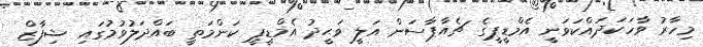
މިހާރު ވާހަކަދައްކަވަނީ އެމްޑީޕީގެ ޗެއާޕާސަން އަލީ ވަޙީދު އެމްޑީޕީ ކަންމަތީ ބައްދަލުވުމުގައި ޝިފާޒް